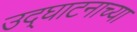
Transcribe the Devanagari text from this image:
उद्घाटनाच्या